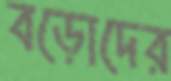
বড়োদের